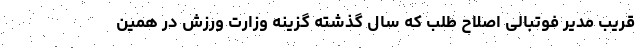
قریب مدیر فوتبالی اصلاح طلب که سال گذشته گزینه وزارت ورزش در همین